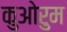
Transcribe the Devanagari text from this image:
कुओरुम